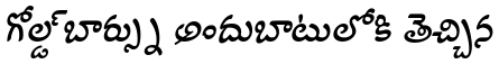
గోల్డ్ బార్స్ను అందుబాటులోకి తెచ్చిన